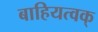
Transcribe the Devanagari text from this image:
बाहियत्वक्‌